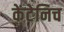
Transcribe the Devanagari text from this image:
केंटेनिच